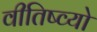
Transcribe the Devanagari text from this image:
वीतिष्व्यो